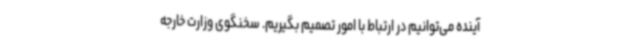
آینده می‌توانیم در ارتباط با امور تصمیم بگیریم. سخنگوی وزارت خارجه